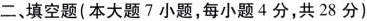
二、填空题(本大题7小题，每小题4分，共28分)